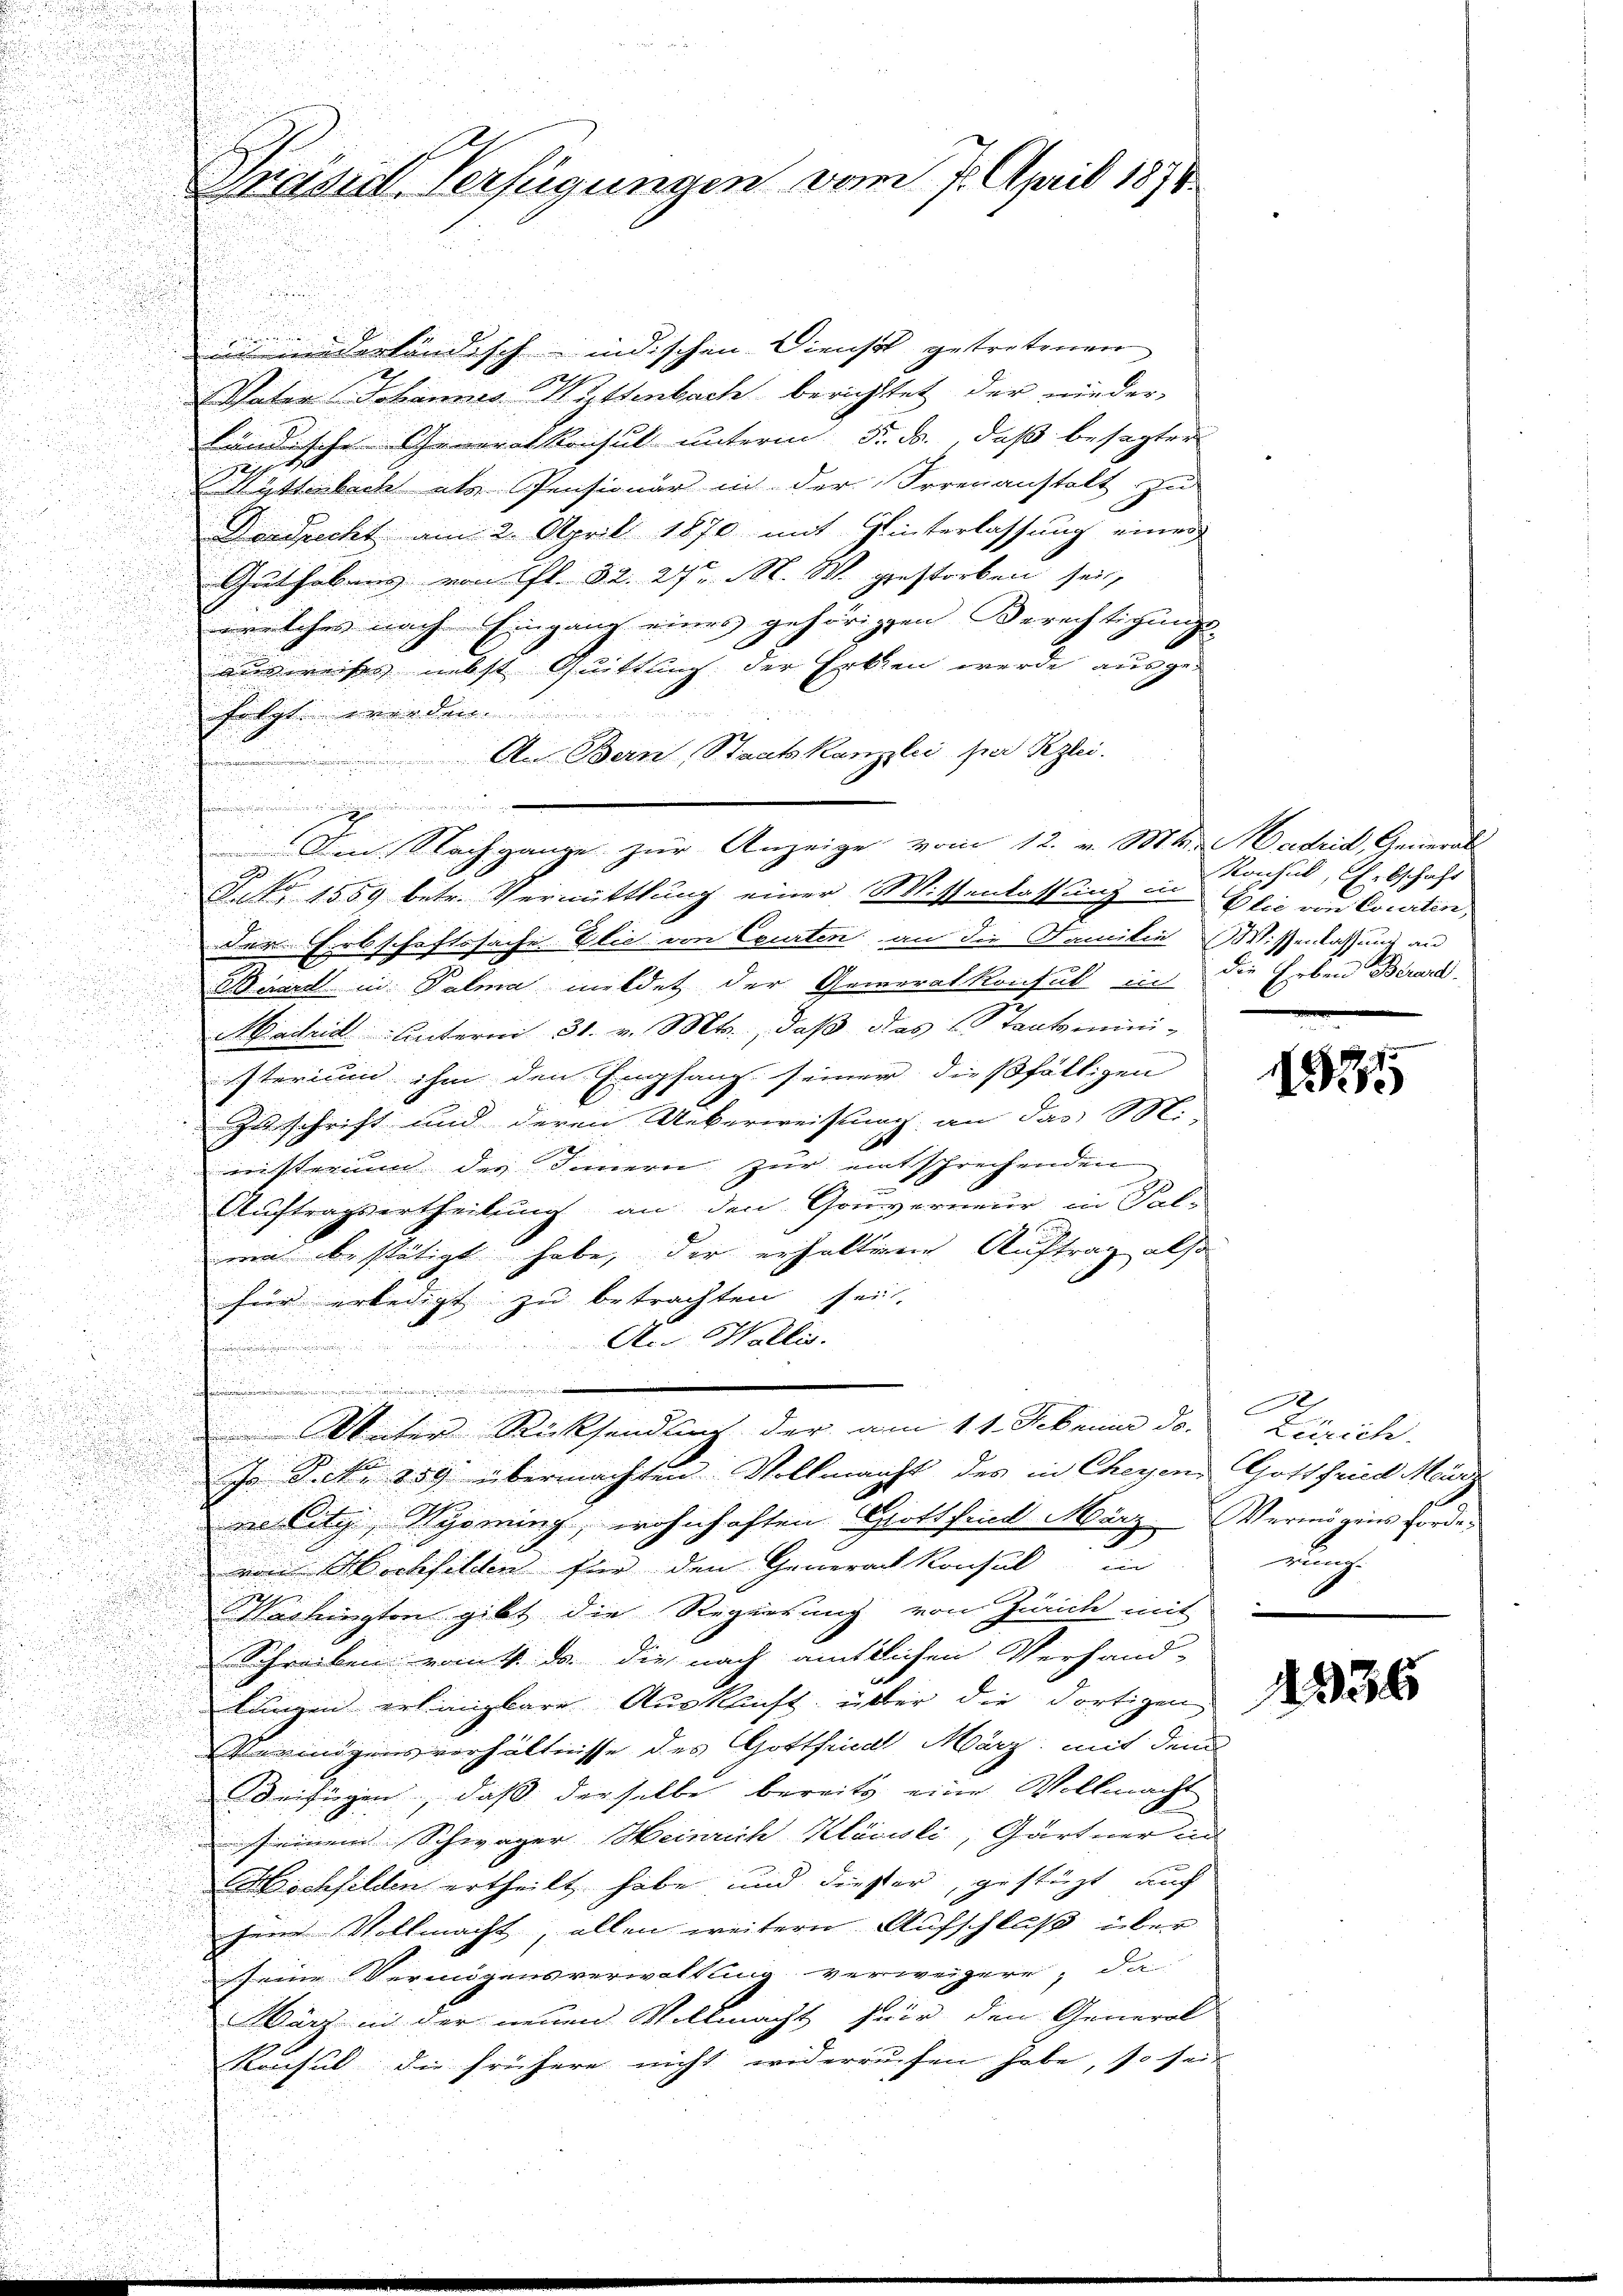
u

4
mi niederländisch-indischen Dienst getretenen
1
Vater Hannes-Wüttenbach berichtet der niederländische Generalkonsul unterm 5. B., daß besagter
 Wittenbach als Pensionär in der Irrenanstalt zu
Dandrecht am 2. April 1870 mit Hinterlassung einer
Guthabens von Gl. 32. 24. M. M. gestorben sei,
welches nach Eingang eines gehörigen Berechtigungs-
u
u
insweises nebst Quittung der Erken wurde ausge-
i
folgt werden.
u
u
A. Bern, Staatskanzlei per Rezlei.
u

e

u

.
u

No 1559 betr. Vermittlung einer Missenlassung in Elie von Courten,
der Erbschaftssache Elie von Courten an die Familie Wissenlassung an

Waare in Palma meldet der Generalkonsul in

Madrid unterm 31. v. Mts., daß das Staatsmini-
sterium in den Empfang immer dießfälligen
2
u
Zuschrift und deren Ueberweistung an das Mi-
2
u
nisterium des Innern zur entsprechenden
u
x
d
e
Auftragsertheilung an den Gouverneur in Sal-

.
mi bestätigt habe, der erhaltenen Auftrag also
u
.
i
für erledigt zu betrachten sei.
An Wallis.

Vater Rücksendung der am 11. Februar d. Zürich
J S. 859 übermachten Vollmacht des in Cheyen, Gottfried Meie Citz, Wyoming, wohnhaften Gottfried März Vermögens Fordevon Hochfilien für den Generacht konsul in
Vaihingten gibt die Regierung von Zürich mit
Schreiben vant da die nach amtlichen Verhand-
lungen erlangbare Auskunft über die dortigen
Vermögensverhältnisse des Gottfindl März mit dem
Beifügen, daß derselbe bereits eine Vollmacht
seinem Schwager Heinrich Klöcisli, Gärtner un
schfilden ertheilt habe und dieser, gestüzt, auch
zend Vollmacht, allen weitern Aufschluß über
seine Vermögensverwaltung verweigere, da
d
Wärz in der neuen Vollmacht für den General

Konsul die frühere nicht widerrufen habe, so sei.

Brasirt Verfügungen vom 7. April 1874

.

Im Nachgange zur Anzeige vom 12. v. Mts. adrid Generals

Konsul, Erbschaft
die Erben Bered

e
herig |

12

1336